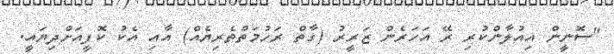
"ސޮނީން އިއުލާންކުރި ރޭ އަހަރެން ޒަރީރު (ގާތް ރަހުމަތްތެރިޔެއް) އާއި އެކު ކޮފީއަށްދިޔައީ.